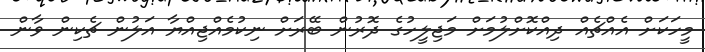
މީހަކަށް އެއްޗެއް ދިއްކޮށްލުމަށް މަޖިލީހުގެ ދޮރުން ބޭރަށް ނިކުމެއްޖިއްޔާ އަލުން ޗެކިން ވާން